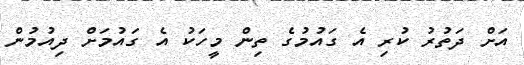
އަށް ދަތުރު ކުރި އެ ގައުމުގެ ތިން މީހަކު އެ ގައުމަށް ދިއުމުން